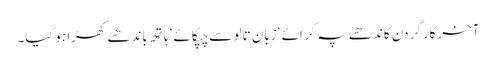
آخرکار گردن کاندھے پہ گرائے ‘ زبان تالو سے چپکائے‘ ہاتھ باندھے کھڑا ہو گیا۔